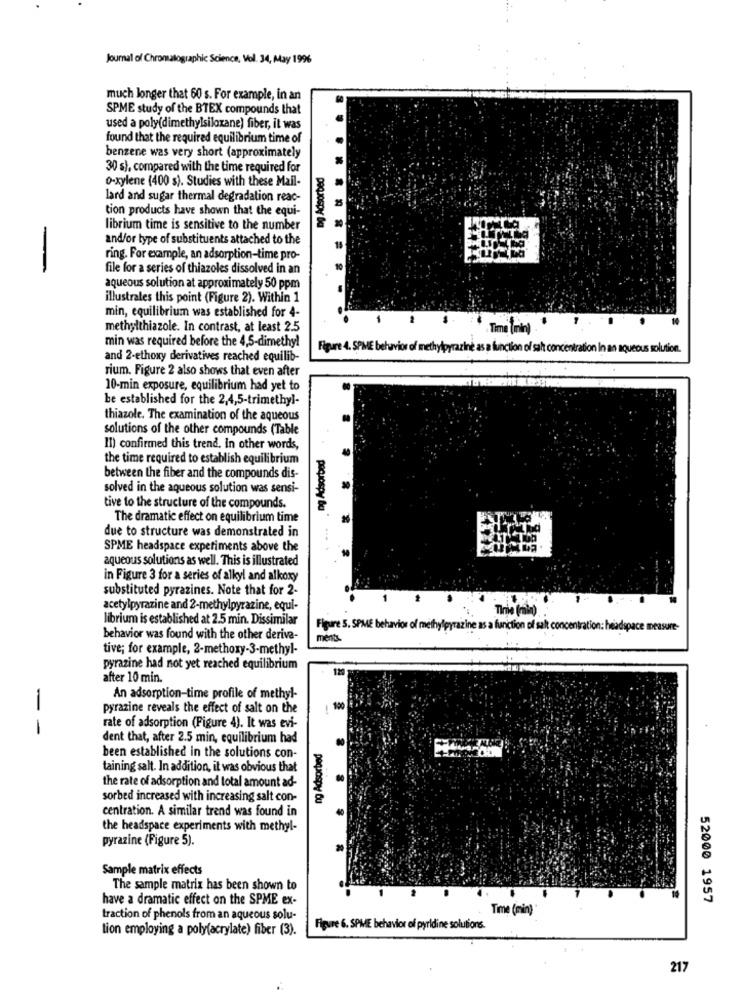
Journal of Chromatographic Science, Vol. 34, May 1996
much longer that 60 s. For example, in an
SPME study of the BTEX compounds that
used a poly(dimethylsiloxane) fiber, it was
found that the required equilibrium time of
benzene was very short (approximately
30 s), compared with the time required for
ing Adsorbed
0-xylene (400 s). Studies with these Mail-
lard and sugar thermal degradation reac-
tion products have shown that the equi-
librium time is sensitive to the number
and/or type of substituents attached to the
ring. For example, an adsorption-time pro-
-
file for a series of thiazoles dissolved in an
aqueous solution at approximately 50 ppm
illustrales this point (Figure 2). Within 1
min, equilibrium was established for 4-
methylthiazole. In contrast, at least 2.5
min was required before the 4,5-dimethyl
Figure 4. SPME behavior of methylpyraziné as a function of salt concentration In an aqueous solution.
and 2-ethoxy derivatives reached equilib-
rium. Figure 2 also shows that even after
10-min exposure, equilibrium had yet to
be established for the 2,4,5-trimethyl-
thiazole. The examination of the aqueous
solutions of the other compounds (Table
II) confirmed this trend. in other words,
the time required to establish equilibrium
between the fiber and the compounds dis-
solved in the aqueous solution was sensi-
tive to the structure of the compounds.
The dramatic effect on equilibrium time
pocospy Ba *
due to structure was demonstrated in
SPME headspace experiments above the
aqueous solutions as well. This is illustrated
in Figure 3 for a series of alkyl and alkoxy
substituted pyrazines. Note that for 2-
acetylpyrazine and 2-methylpyrazine, equi-
Trie (min)
librium is established at 2.5 min. Dissimilar
Figure 5. SPME behavior of methylpyrazine as a function of salt concentration: headspace measure-
behavior was found with the other deriva-
ments
tive; for example, 2-methoxy-3-methyl-
pyrazine had not yet reached equilibrium
12
after 10 min.
An adsorption-time profile of methyl-
-
pyrazine reveals the effect of salt on the
100
-
rate of adsorption (Figure 4). It was evi-
dent that, after 2.5 min, equilibrium had
ng Adsorbed
been established in the solutions con-
taining salt. In addition, it was obvious that
the rate of adsorption and total amount ad-
sorbed increased with increasing salt con-
centration. A similar trend was found in
the headspace experiments with methyl-
pyrazine (Figure 5).
Sample matrix effects
The sample matrix has been shown to
10
have a dramatic effect on the SPME ex-
52000 1957
Time (min)
traction of phenols from an aqueous solu-
tion employing a poly(acrylate) fiber (3).
Figure 6. SPME behavior of pyridine solutions.
217